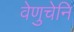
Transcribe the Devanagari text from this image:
वेणुचेनि